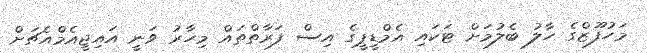
މަހުފޫޒްގެ ހާލު ބެލުމަށް ޓަކައި އެމްޑީޕީގެ އިސް ފަރާތްތައް މިހާރު ވަނީ އައިޖީއެމްއެޗަށް